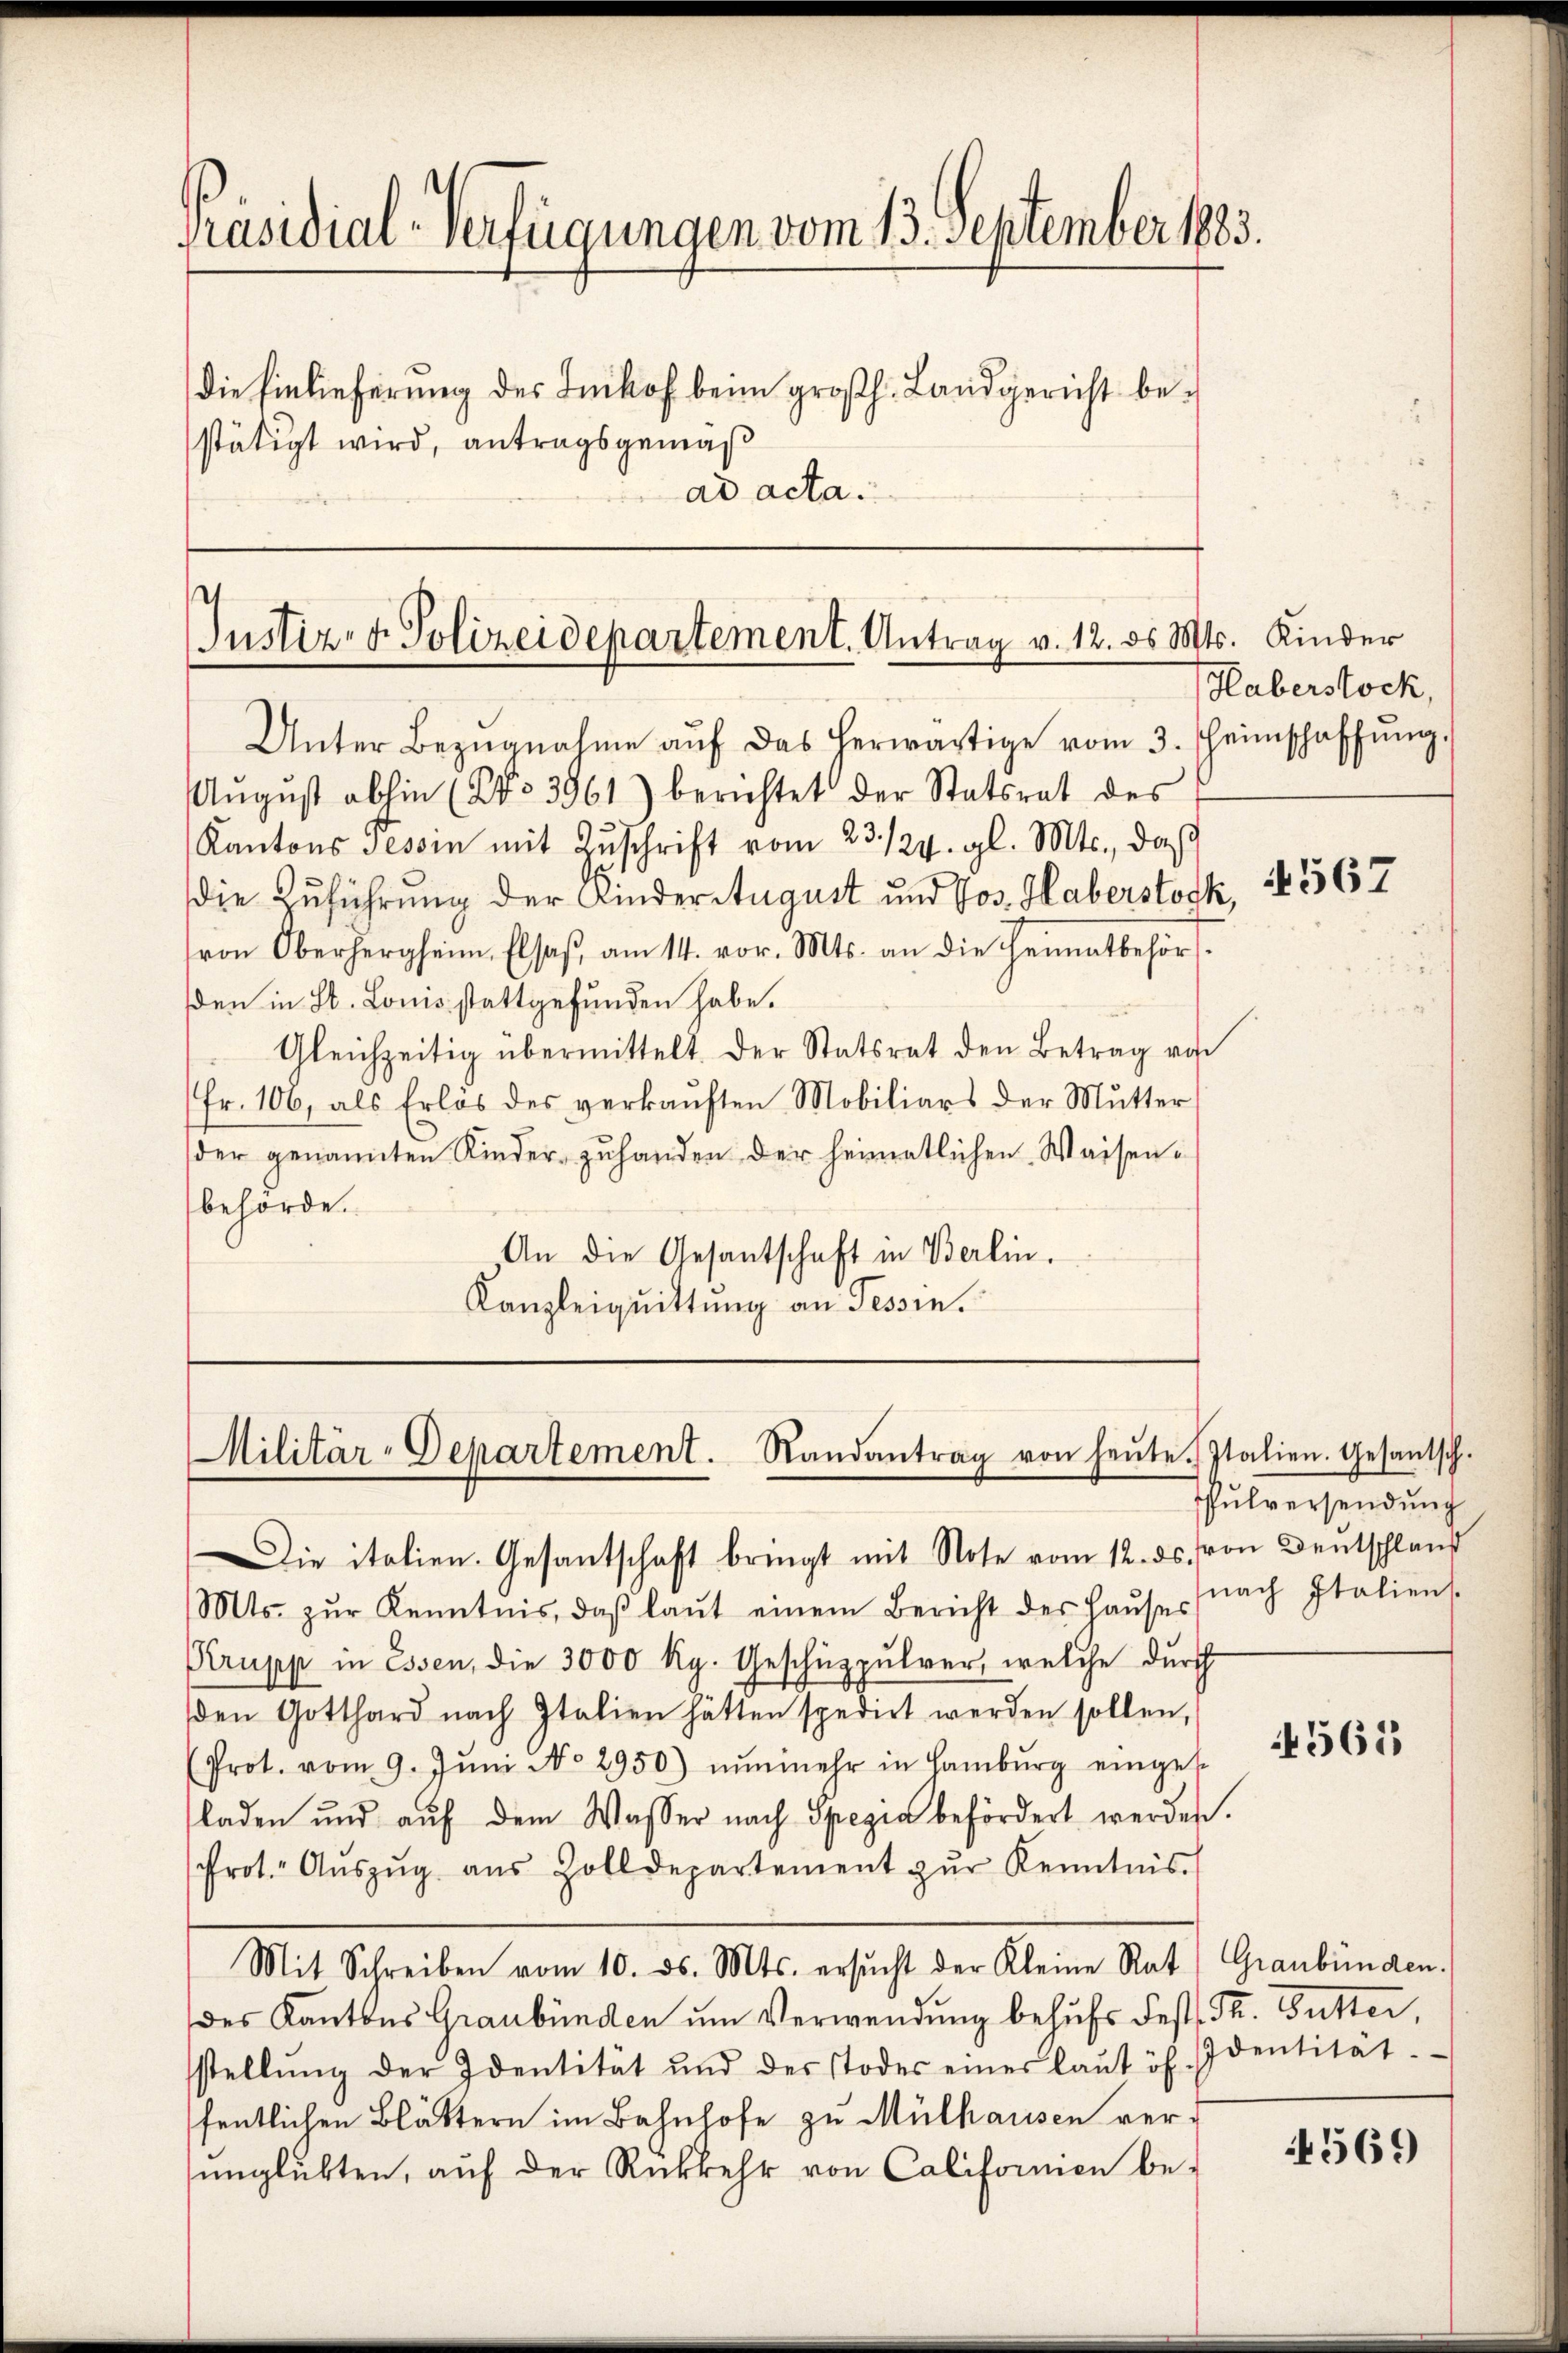
Präsidial-Verfügungen vom 13. September 1883.
die Einlieferung des Beihof beim großh. Landgericht bestätigt wird, antragsgemäß

ad acta.

Justiz- & Polizeidepartement. Antrag v. 12. ds Mts. Kinder
Unter Bezŭgnahme aŭf das herwärtige vom 3. Heimschaffŭng.

Aŭgŭst abhin (NNo. 3961) berichtet der Statsrat des
Kantons Tessin mit Zŭschrift vom 23. 124. gl. Mts., daß
die Zuführung der Kinderstugust und Jos. Haberstock,
(von Oberhergheim Elsaß, am 14. vor. Mts. an die Heimatbehörden in St. Louis stattgefunden habe.
Gleichzeitig übermittelt. Der Statsrat den Betrag von
Fr. 106, als Erlös des verkaŭften Mobiliars der Mutter
der genannten Riederzuhanden der heimatlichen Waisenbehörde.
An die Gesantschaft in Berlin.
Kanzleiquittung an Tessin.

Militär-Departement. Randantrag von heŭte. Italien. Gesantsch.
Die italien. Gesantschaft bringt mit Note vom 12. ds. von Deutschland

Mts. zŭr Kenntnis, daβ laŭt einem Bericht der Haŭses (nach Italiens
Krupp in Essen, die 3000 Kg. Geschüzpulver, welche durch
den Gotthard nach Italien hätten spedirt werden sollen,
(Prot. vom 9. Jŭni No 2950) nŭnmehr in Hamburg einges
laden und auf dem Wasser nach Spezia befördert werden.
Prot. Aŭszŭg aŭs Zolldepartement zŭr Kenntnis.
Mit Schreiben vom 10. ds. Mts. ersŭcht der Kleine Rat, Graubünden.
des Kantons Graubünden um Verwendung behufs Fest. Th. Gutter,
stellŭng der Identität und des Todes einer laŭt öh. Identität
fentlichen Blättern im Bahnhofe zu Mülhausen verunglükten, auf der Rückkehr von Californien be-

Haberstock,

567

Pulversendŭng

4561

4569